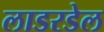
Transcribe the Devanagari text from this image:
लाडरडेल